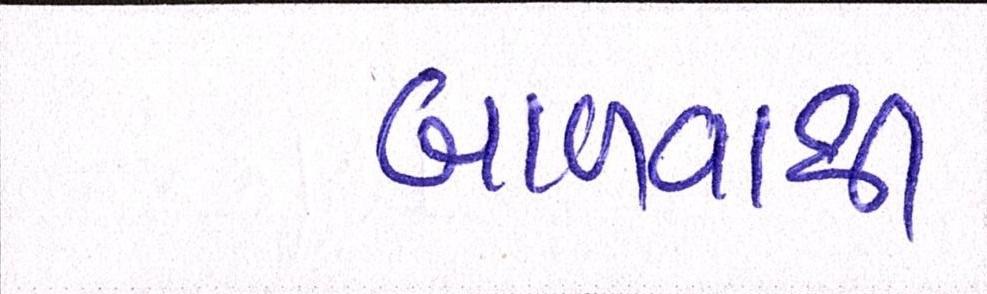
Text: બાવળાથી